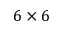
6 \times 6